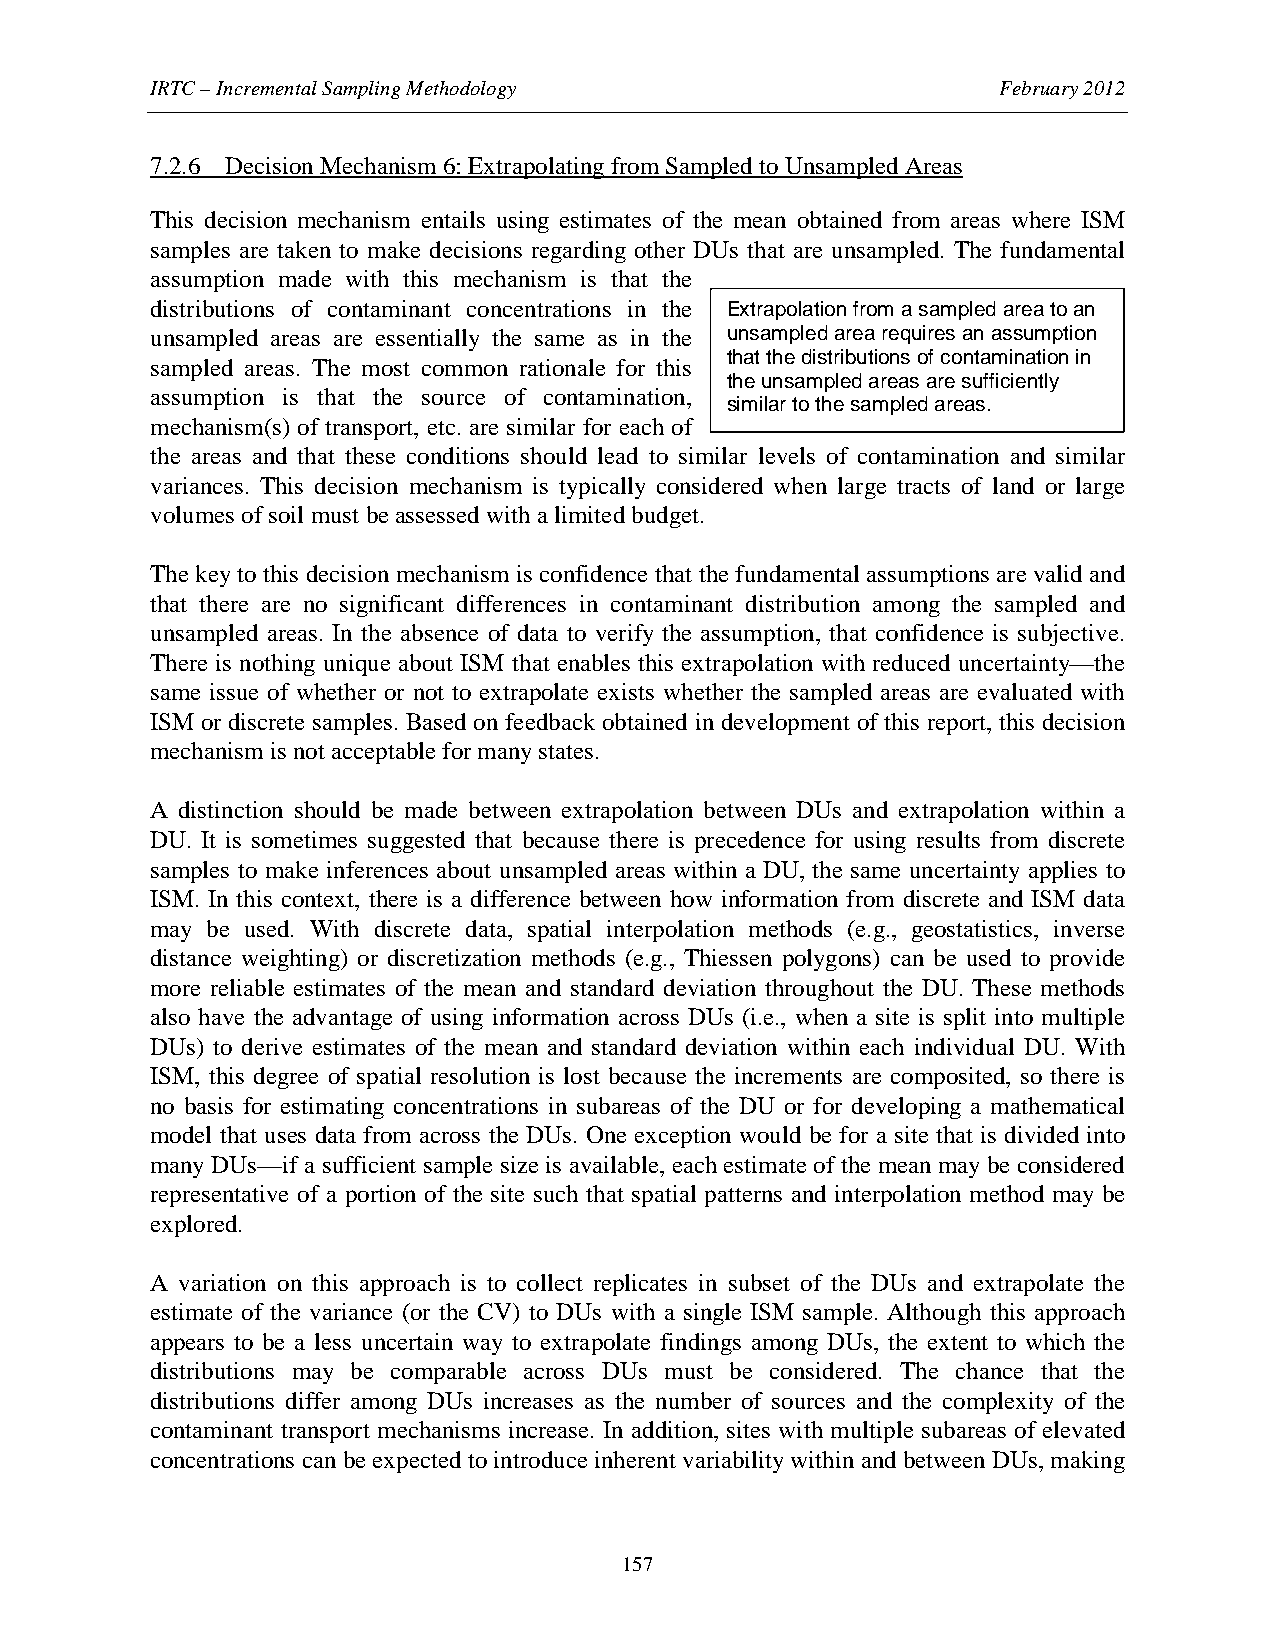
IRTC – Incremental Sampling Methodology                 February 2012
 7.2.6 Decision Mechanism 6: Extrapolating from Sampled to Unsampled Areas
 This decision mechanism entails using estimates of the mean obtained from areas where ISM
 samples are taken to make decisions regarding other DUs that are unsampled. The fundamental
 assumption made with this mechanism is that the
 distributions of contaminant concentrations in the Extrapolation from a sampled area to an
 unsampled areas are essentially the same as in the unsampled area requires an assumption
 that the distributions of contamination in
 sampled areas. The most common rationale for this
 the unsampled areas are sufficiently
 assumption is that the source of contamination,
 similar to the sampled areas.
 mechanism(s) of transport, etc. are similar for each of
 the areas and that these conditions should lead to similar levels of contamination and similar
 variances. This decision mechanism is typically considered when large tracts of land or large
 volumes of soil must be assessed with a limited budget.
 The key to this decision mechanism is confidence that the fundamental assumptions are valid and
 that there are no significant differences in contaminant distribution among the sampled and
 unsampled areas. In the absence of data to verify the assumption, that confidence is subjective.
 There is nothing unique about ISM that enables this extrapolation with reduced uncertainty—the
 same issue of whether or not to extrapolate exists whether the sampled areas are evaluated with
 ISM or discrete samples. Based on feedback obtained in development of this report, this decision
 mechanism is not acceptable for many states.
 A distinction should be made between extrapolation between DUs and extrapolation within a
 DU. It is sometimes suggested that because there is precedence for using results from discrete
 samples to make inferences about unsampled areas within a DU, the same uncertainty applies to
 ISM. In this context, there is a difference between how information from discrete and ISM data
 may be used. With discrete data, spatial interpolation methods (e.g., geostatistics, inverse
 distance weighting) or discretization methods (e.g., Thiessen polygons) can be used to provide
 more reliable estimates of the mean and standard deviation throughout the DU. These methods
 also have the advantage of using information across DUs (i.e., when a site is split into multiple
 DUs) to derive estimates of the mean and standard deviation within each individual DU. With
 ISM, this degree of spatial resolution is lost because the increments are composited, so there is
 no basis for estimating concentrations in subareas of the DU or for developing a mathematical
 model that uses data from across the DUs. One exception would be for a site that is divided into
 many DUs—if a sufficient sample size is available, each estimate of the mean may be considered
 representative of a portion of the site such that spatial patterns and interpolation method may be
 explored.
 A variation on this approach is to collect replicates in subset of the DUs and extrapolate the
 estimate of the variance (or the CV) to DUs with a single ISM sample. Although this approach
 appears to be a less uncertain way to extrapolate findings among DUs, the extent to which the
 distributions may be comparable across DUs must be considered. The chance that the
 distributions differ among DUs increases as the number of sources and the complexity of the
 contaminant transport mechanisms increase. In addition, sites with multiple subareas of elevated
 concentrations can be expected to introduce inherent variability within and between DUs, making
 157